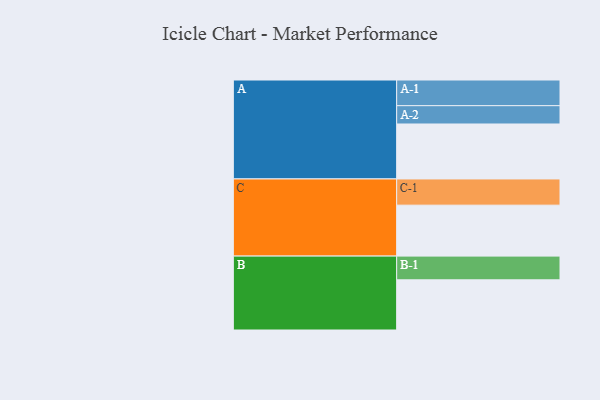
{"axis": {"x": "Segment", "y": "Value"}, "legend": ["", "A", "B", "C"], "data": [{"x": "A", "y": 507, "type": ""}, {"x": "B", "y": 463, "type": ""}, {"x": "C", "y": 470, "type": ""}, {"x": "A-1", "y": 237, "type": "A"}, {"x": "A-2", "y": 169, "type": "A"}, {"x": "B-1", "y": 219, "type": "B"}, {"x": "C-1", "y": 242, "type": "C"}]}